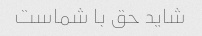
شاید حق با شماست